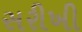
સરીખી